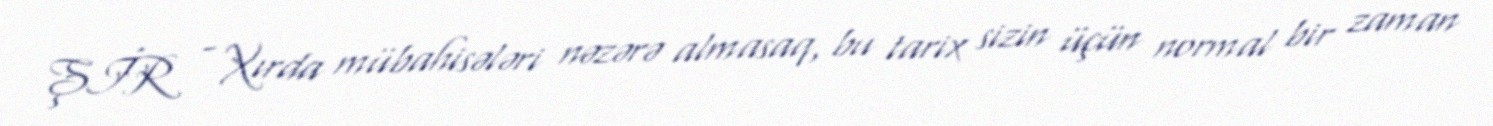
ŞİR - Xırda mübahisələri nəzərə almasaq, bu tarix sizin üçün normal bir zaman